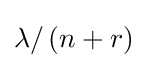
\lambda /\left(n+r\right)